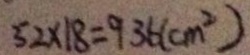
5 2 \times 1 8 = 9 3 6 ( c m ^ { 2 } )